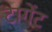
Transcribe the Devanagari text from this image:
टागेंट